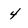
Character: 4